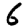
Digit: 6